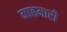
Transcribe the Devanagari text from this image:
माहमारी